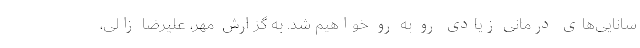
سانایی‌های درمانی زیادی رو به رو خواهیم شد. به گزارش مهر، علیرضا زالی،